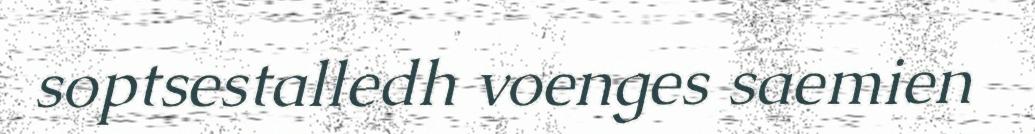
soptsestalledh voenges saemien